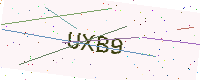
Text: UXB9